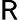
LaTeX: \mathsf{R}